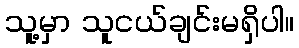
သူ့မှာ သူငယ်ချင်းမရှိပါ။